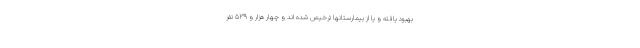
بهبود یافته و یا از بیمارستانها ترخیص شده اند و چهار هزار و ۵۳۹ نفر